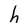
Character: h